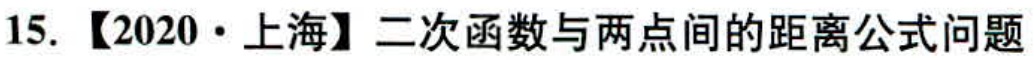
15. 【2020·上海】二次函数与两点间的距离公式问题